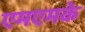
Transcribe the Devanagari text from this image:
एमएमके